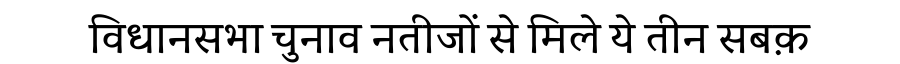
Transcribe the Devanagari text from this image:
विधानसभा चुनाव नतीजों से मिले ये तीन सबक़